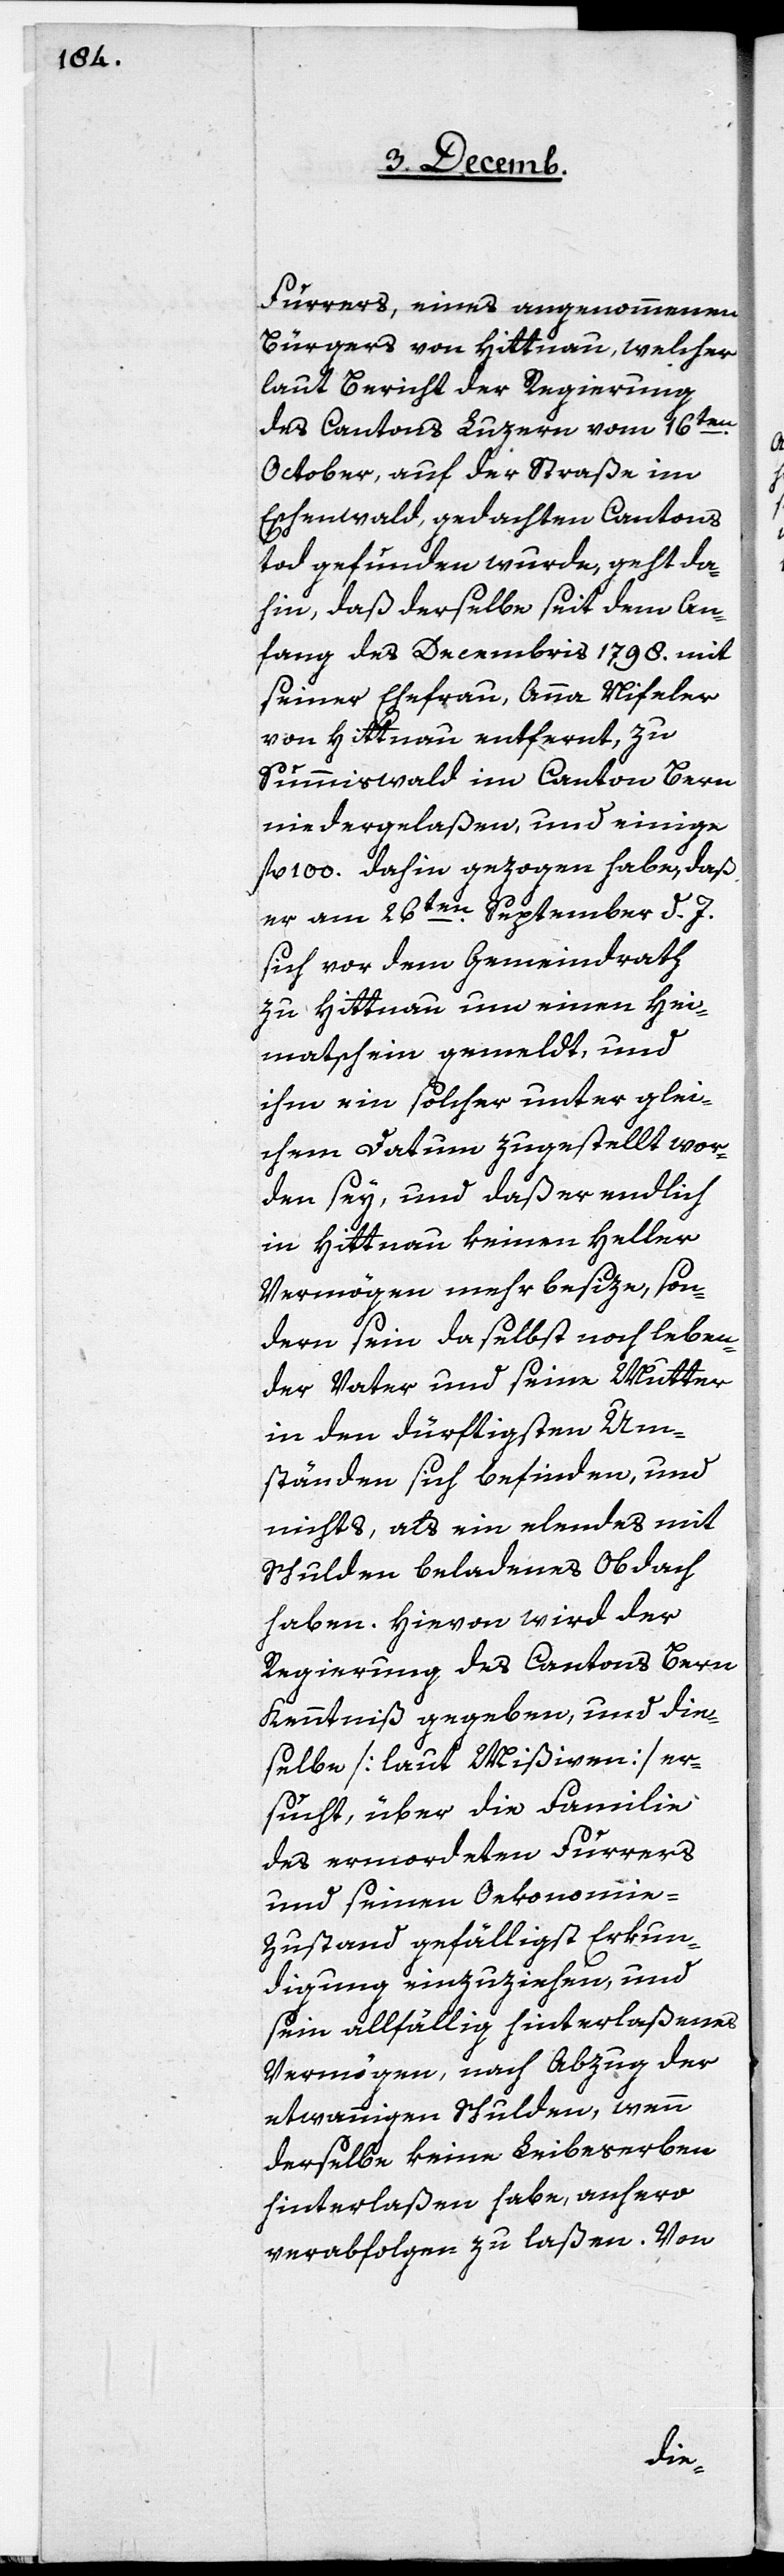
Furrers, eines angenommenen
Bürgers von Hittnau, welcher
laut Bericht der Regierung
des Cantons Luzern vom 16ten.
October, auf der Straße im
Eschenwald, gedachten Cantons
tod gefunden wurde, geht da¬
hin, daß derselbe seit dem An¬
fang des Decembris 1798. mit
seiner Ehefrau, Anna Nifeler
von Hittnau entfernt, zu
Summiswald im Canton Bern
niedergelaßen, und einige
100. dahin gezogen habe, daß
er am 26ten. September d. J.
sich vor dem Gemeindrath
zu Hittnau um einen Hei¬
matschein gemeldt, und
ihm ein solcher unter glei¬
chem Datum zugestellt wor¬
den sey, und daß er endlich
in Hittnau keinen Heller
Vermögen mehr besize, son¬
dern sein daselbst noch leben¬
der Vater und seine Mutter
in den dürftigsten Um¬
ständen sich befinden, und
nichts, als ein elendes mit
Schulden beladenes Obdach
haben. Hievon wird der
Regierung des Cantons Bern
Kenntniß gegeben, und die¬
selbe [laut Mißiven] er¬
sucht, über die Familie
des ermordeten Furrers
und seinen Oekonomi¬
e-Zustand gefälligst Erkun¬
digung einzuziehen, und
sein allfällig hinterlaßenes
Vermögen, nach Abzug der
etwannigen Schulden, wenn
derselbe keine Leibeserben
hinterlaßen habe, anhero
verabfolgen zu laßen. Von